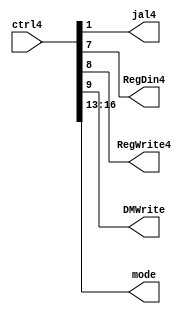
module ctrl4(
	jal4,RegDin4,RegWrite4,DMWrite,mode,
	ctrl4
    );
	input [21:0]ctrl4;
	output jal4,RegDin4,RegWrite4,DMWrite;
	output [3:0]mode;
	assign jal4 = ctrl4[1];
	assign RegDin4 = ctrl4[7];
	assign RegWrite4 = ctrl4[8];
	assign DMWrite = ctrl4[9];
	assign mode = ctrl4[16:13];
endmodule